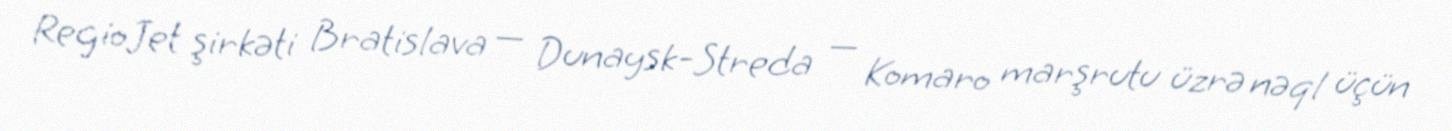
RegioJet şirkəti Bratislava — Dunaysk-Streda — Komaro marşrutu üzrə nəql üçün